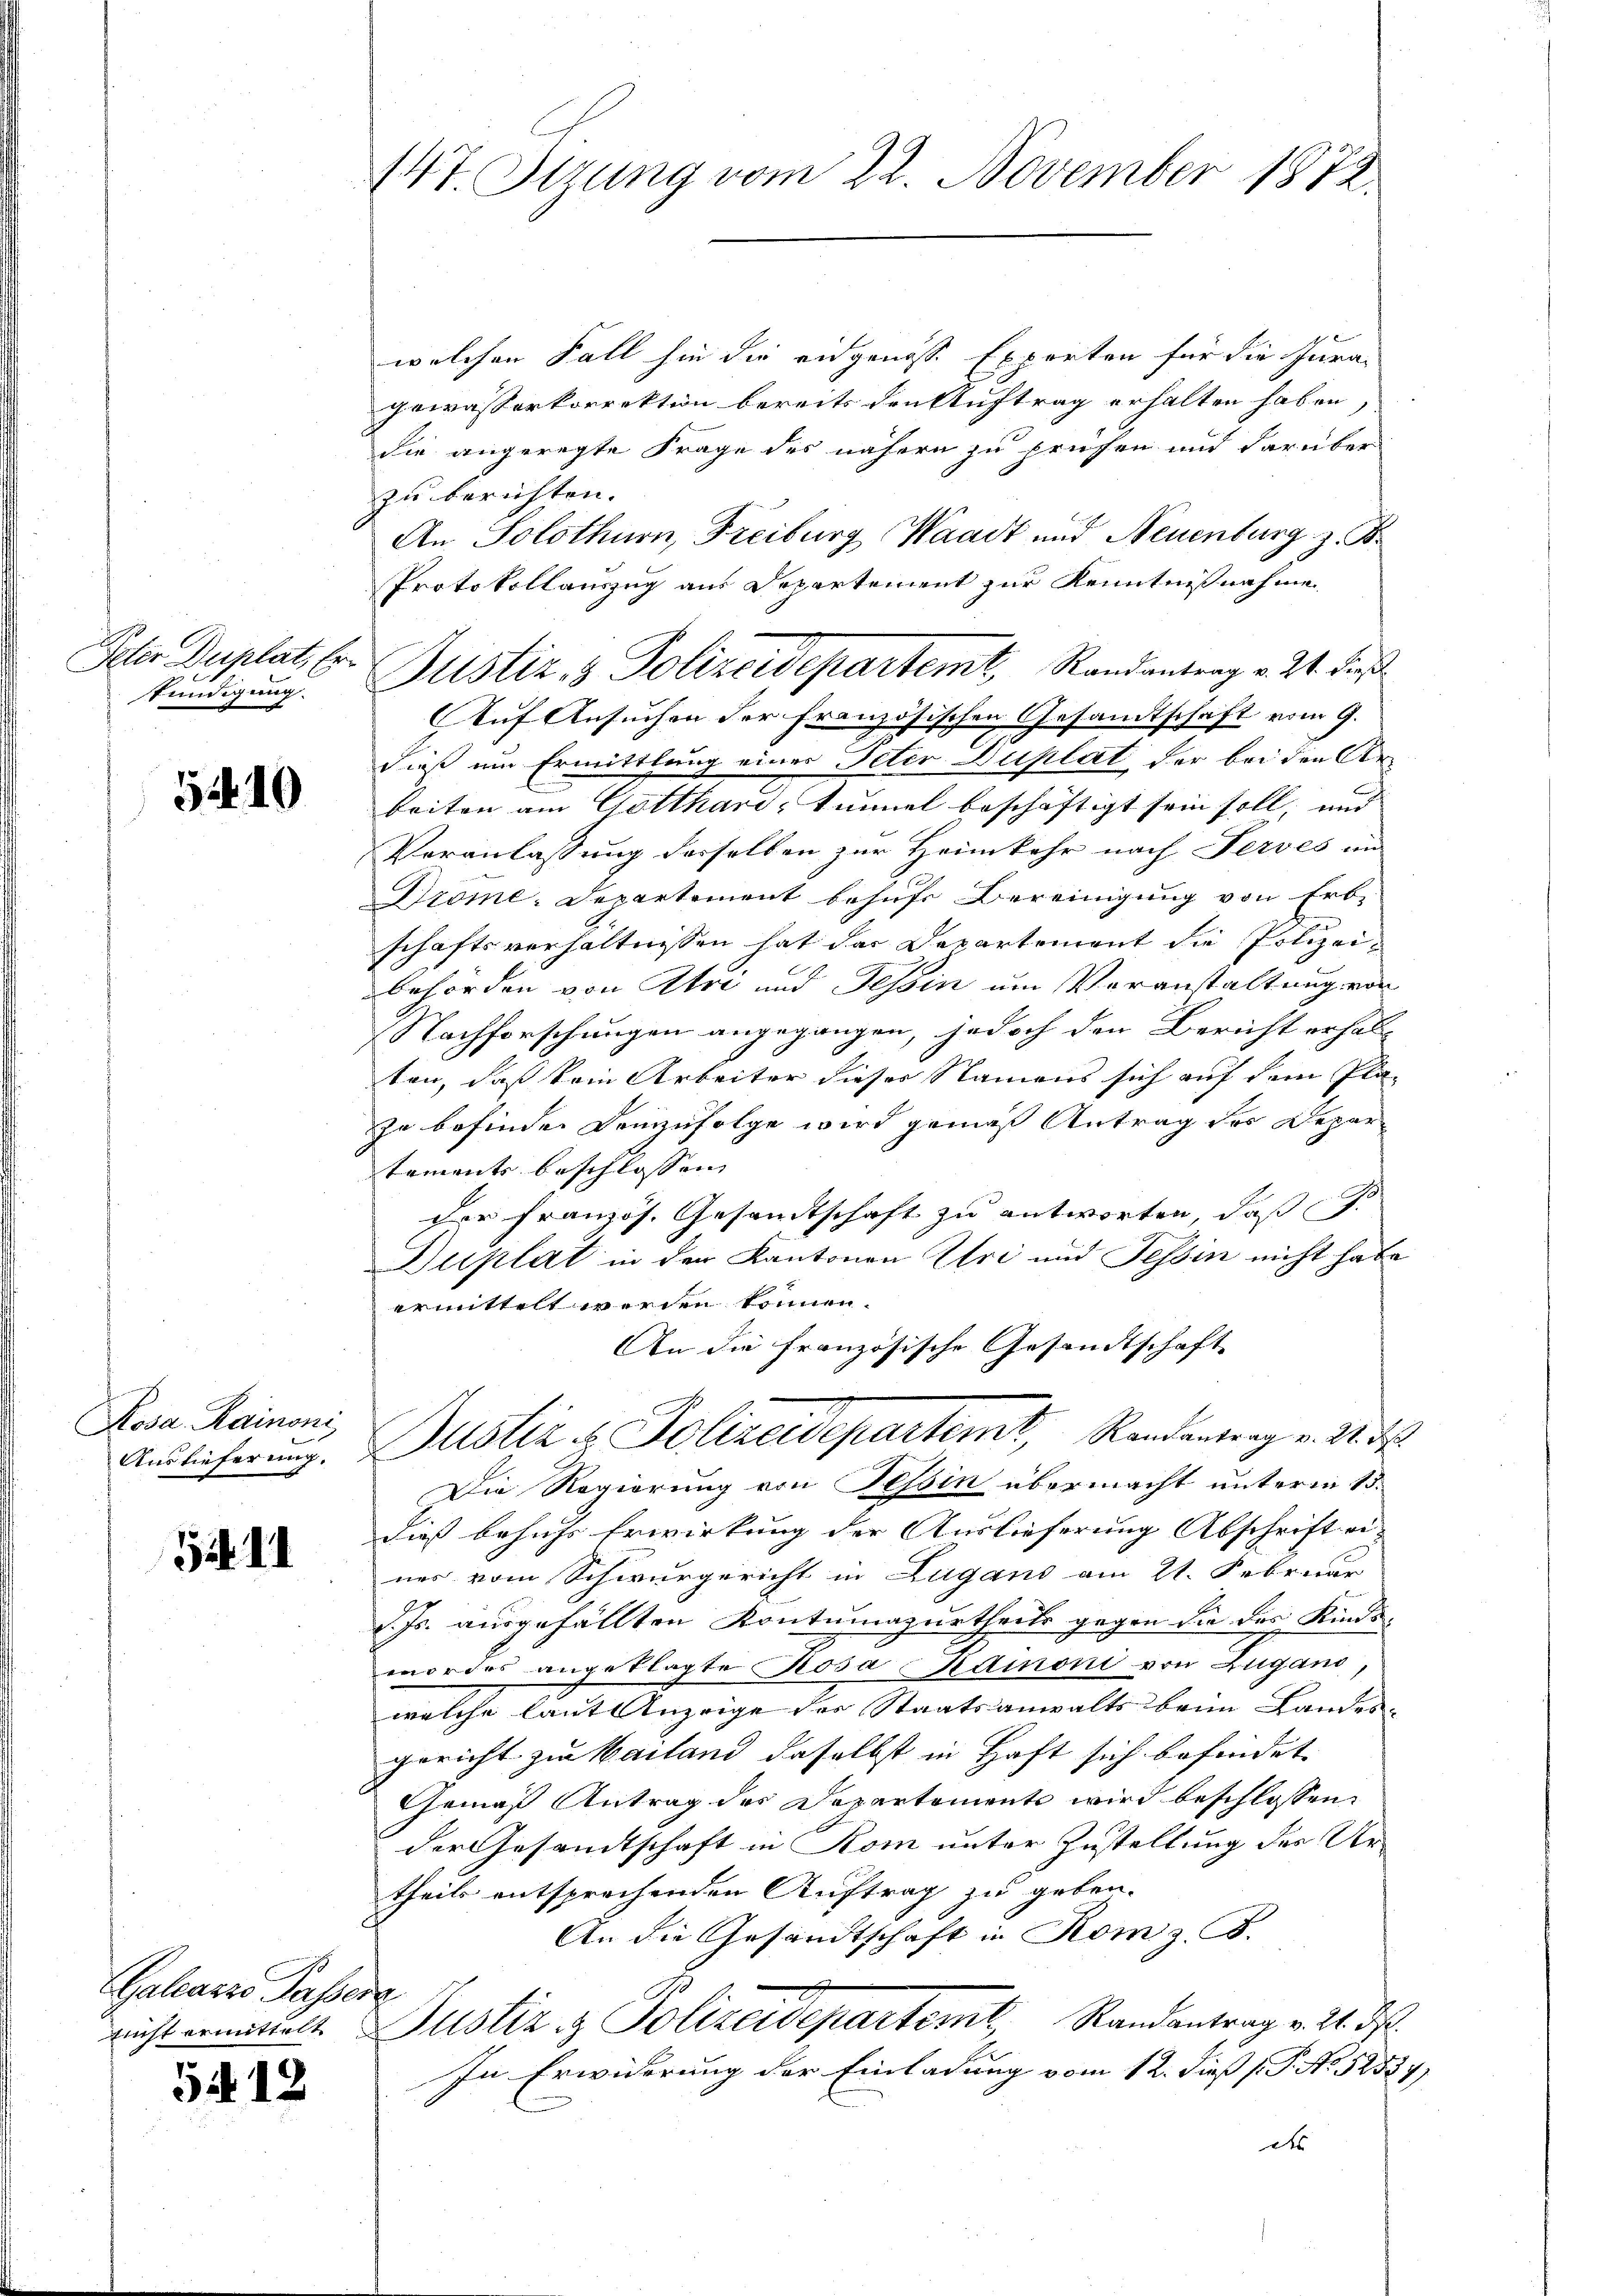
Peter Duplat, Erkundigung.

5410

Kosa- Rainoni,
Auslieferung.

1. II

Galcazzo Passerz

512

welchen Fall sie die eidgenosse Exporten für die Jura-
gewässerkorrektion bereits den Auftrag erhalten haben,
die angeregte Frage des nähern zu prüfen und darüber
zu berichten.
An Solothurn, Freiburg Waadt und Neuenburg z. B.
Protokollanzug aus Departement zur Kenntnißnahme
Auf Ansuchen der französischen Gesandtschaft vom 9.
dieß um Ermittlung eines Peter Duplat, der bei den Arbeiten am Gotthari, tinnel beschäftigt sein soll, und
Veranlassung desselben zur Heimkehr nach Servés im
Dröme-Departement behufs Bereinigung von Erbschaftsverhältnissen hat das Departement die Polizeibehörden von Atre und Tessin um Veranstaltung von
Nachforschungen angegangen, jedoch den Bericht erhalt
ten, daß kein Arbeiter dieses Namens sich auf dem Pla-
zu befinden Demzufolge wird gemäß Antrag des Depar
tamente beschlossen,
der französ. Gesandtschaft zu antworten, daß
Duplat in der Kantonen Uri und Tessin nicht habe
ermittelt werden können.
An die französische Gesandtschaft
Justiz u. Polizeidepartemt, Randantrag v. M. d
Die Regierung von Tessin übermacht unterm 15.
dieß behufs Erwirkung der Auslieferung Abschrift ei
nes vom Schwurgericht in Lugano am 21. Februar
d. Js. ausgefällten Kontumazurtheils gegen die des Kinde-
mordes angeklagte Rosa dinoni von Zugano,
welche laut Anzeige des Staatsanwalts beim Landes-
gericht zur Mailand daselbst in Haft sich befindet
Gemäß Antrag des Departement wird beschlossen:
der Gesandtschaft in Rom unter Zustellung des Urtheils entsprechenden Auftrag zu geben.
An die Gesandtschaft in Rom z. B.
A.
nicht ermittelt. Justiz & Polizeidepartemt, Randantrag v. 24. ds.
In Erwiderung der Einladung vom 12. dieß P. No 52534)
d

147. Stzung vom 22. November 1872

Justiz & Polizeidepartem Randantrag v. 24. dies